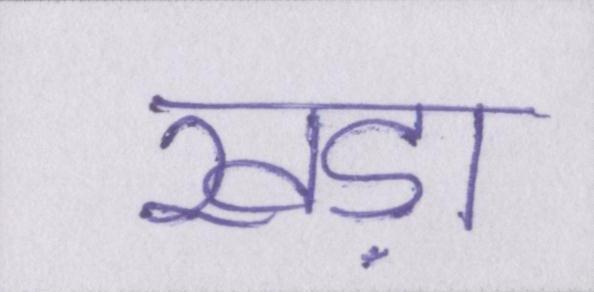
खड़ा